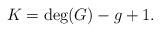
LaTeX: \begin{align*} K = \deg(G) - g + 1.\end{align*}